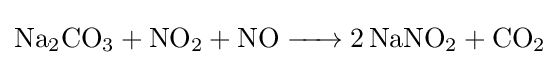
{\ce {Na2CO3 + NO2 + NO -> 2NaNO2 +CO2}}